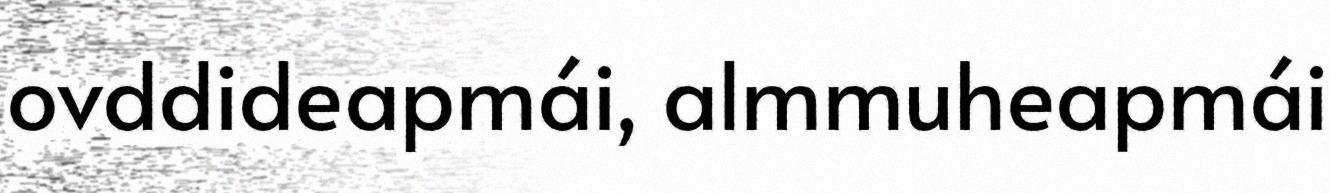
ovddideapmái, almmuheapmái